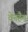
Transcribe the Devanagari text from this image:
वेनहैम